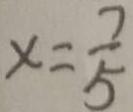
x = \frac { 7 } { 5 }